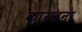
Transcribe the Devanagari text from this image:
कारखना